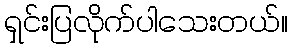
ရှင်းပြလိုက်ပါသေးတယ်။